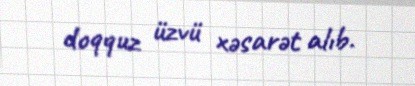
doqquz üzvü xəsarət alıb.